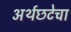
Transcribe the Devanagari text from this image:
अर्थछटेचा